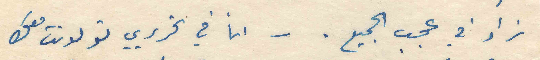
زاد في عجب الجميع . - انا في تحريري تولدنت معك